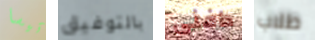
تيسا بالتوفيق دافنى طلاب